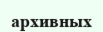
архивных